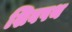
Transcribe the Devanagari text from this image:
शिवपथ